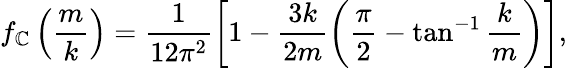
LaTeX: f_{\mathbb{C}}\left(\frac{{m}}{{k}}\right)=\frac{{1}}{{12\pi^{2}}}\left[1-\frac{{3k}}{{2m}}\left(\frac{{\pi}}{{2}}-\tan^{-1}\frac{{k}}{{m}}\right)\right],